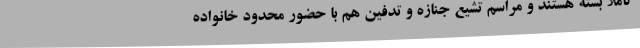
کاملا بسته هستند و مراسم تشیع جنازه و تدفین هم با حضور محدود خانواده